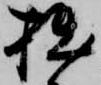
拙